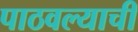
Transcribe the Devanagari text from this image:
पाठवल्याची